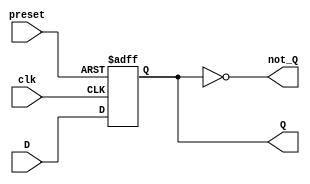
module async_preset_d_ff (
  input D,
  input clk,
  input preset,
  output reg Q,
  output reg not_Q
);

always @(posedge clk or posedge preset)
begin
  if (preset)
    begin
      Q <= 1'b1; // Predefined state
    end
  else
    begin
      Q <= D;
    end
end

assign not_Q = ~Q;

endmodule